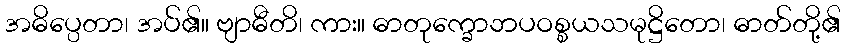
အဓိပ္ပေတာ၊ အပ်၏။ ဗျာဓီတိ၊ ကား။ ဓာတုက္ခောဘပဝစ္စယသမုဋ္ဌိတော၊ ဓာတ်တို့၏